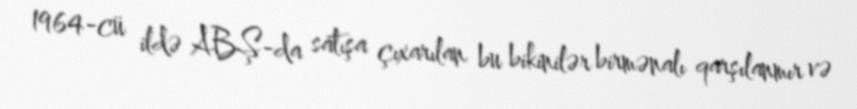
1964-cü ildə ABŞ-da satışa çıxarılan bu bikinilər birmənalı qarşılanmır və